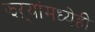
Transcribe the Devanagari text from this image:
झऱ्यांमध्येही